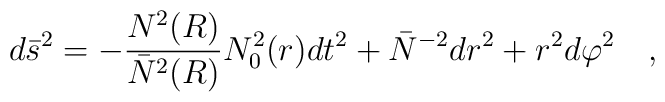
d\bar{s}^2=-{N^2(R) \over \bar{N}^2(R)}N_0^2(r)dt^2+\bar{N}^{-2}dr^2+r^2d\varphi^2~~~,